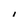
Character: I